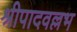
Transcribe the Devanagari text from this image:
श्रीपादवल्लभ